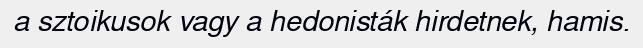
a sztoikusok vagy a hedonisták hirdetnek, hamis.